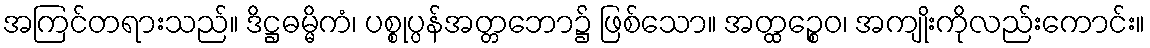
အကြင်တရားသည်။ ဒိဋ္ဌဓမ္မိကံ၊ ပစ္စုပ္ပန်အတ္တဘော၌ ဖြစ်သော။ အတ္ထဉ္စေဝ၊ အကျိုးကိုလည်းကောင်း။